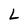
Character: L